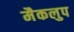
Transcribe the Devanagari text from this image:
मैकलुप